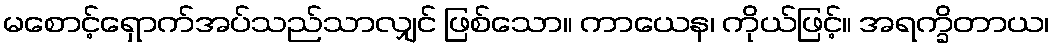
မစောင့်ရှောက်အပ်သည်သာလျှင် ဖြစ်သော။ ကာယေန၊ ကိုယ်ဖြင့်။ အရက္ခိတာယ၊